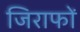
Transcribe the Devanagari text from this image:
जिराफों